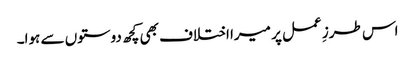
اس طرزِ عمل پر میرا اختلاف بھی کچھ دوستوں سے ہوا۔